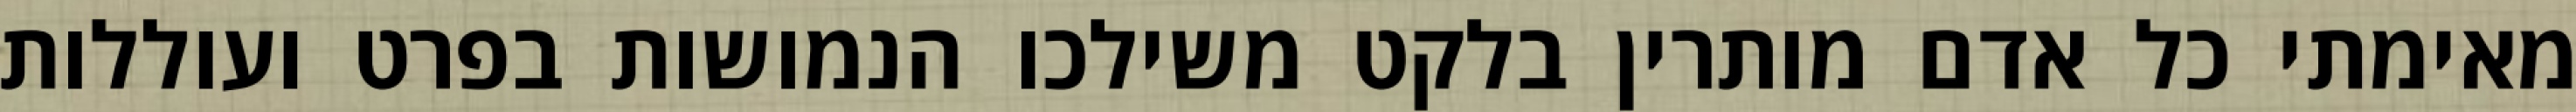
מאימתי כל אדם מותרין בלקט משילכו הנמושות בפרט ועוללות